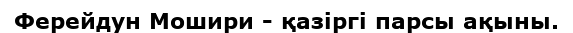
Ферейдун Мошири - қазіргі парсы ақыны.